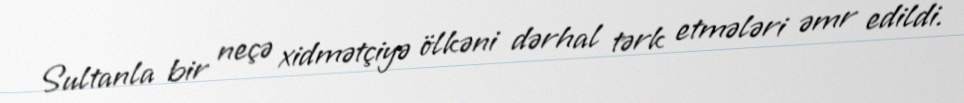
Sultanla bir neçə xidmətçiyə ölkəni dərhal tərk etmələri əmr edildi.